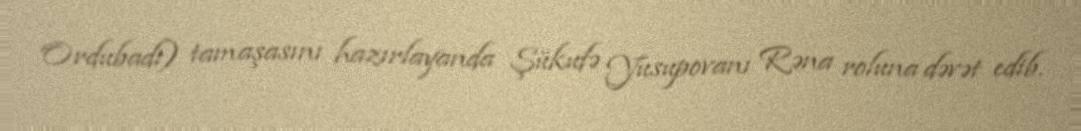
Ordubadi) tamaşasını hazırlayanda Şükufə Yusupovanı Rəna roluna dəvət edib.